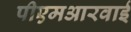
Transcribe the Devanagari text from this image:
पीएमआरवाई